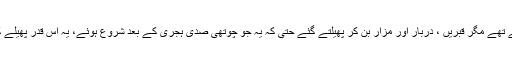
جہادی خلفاء تو انصاف کے لیے اپنا دربار لگایا کرتے تھے مگر قبریں ، دربار اور مزار بن کر پھیلتے گئے حتٰی کہ یہ جو چوتھی صدی ہجری کے بعد شروع ہوئے، یہ اس قدر پھیلے کہ دو تین سو سال میں سارا عالم اسلام ان سے بھر گیا۔